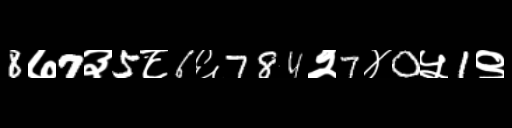
Text: 8७7३5८6६784२7४0५1९